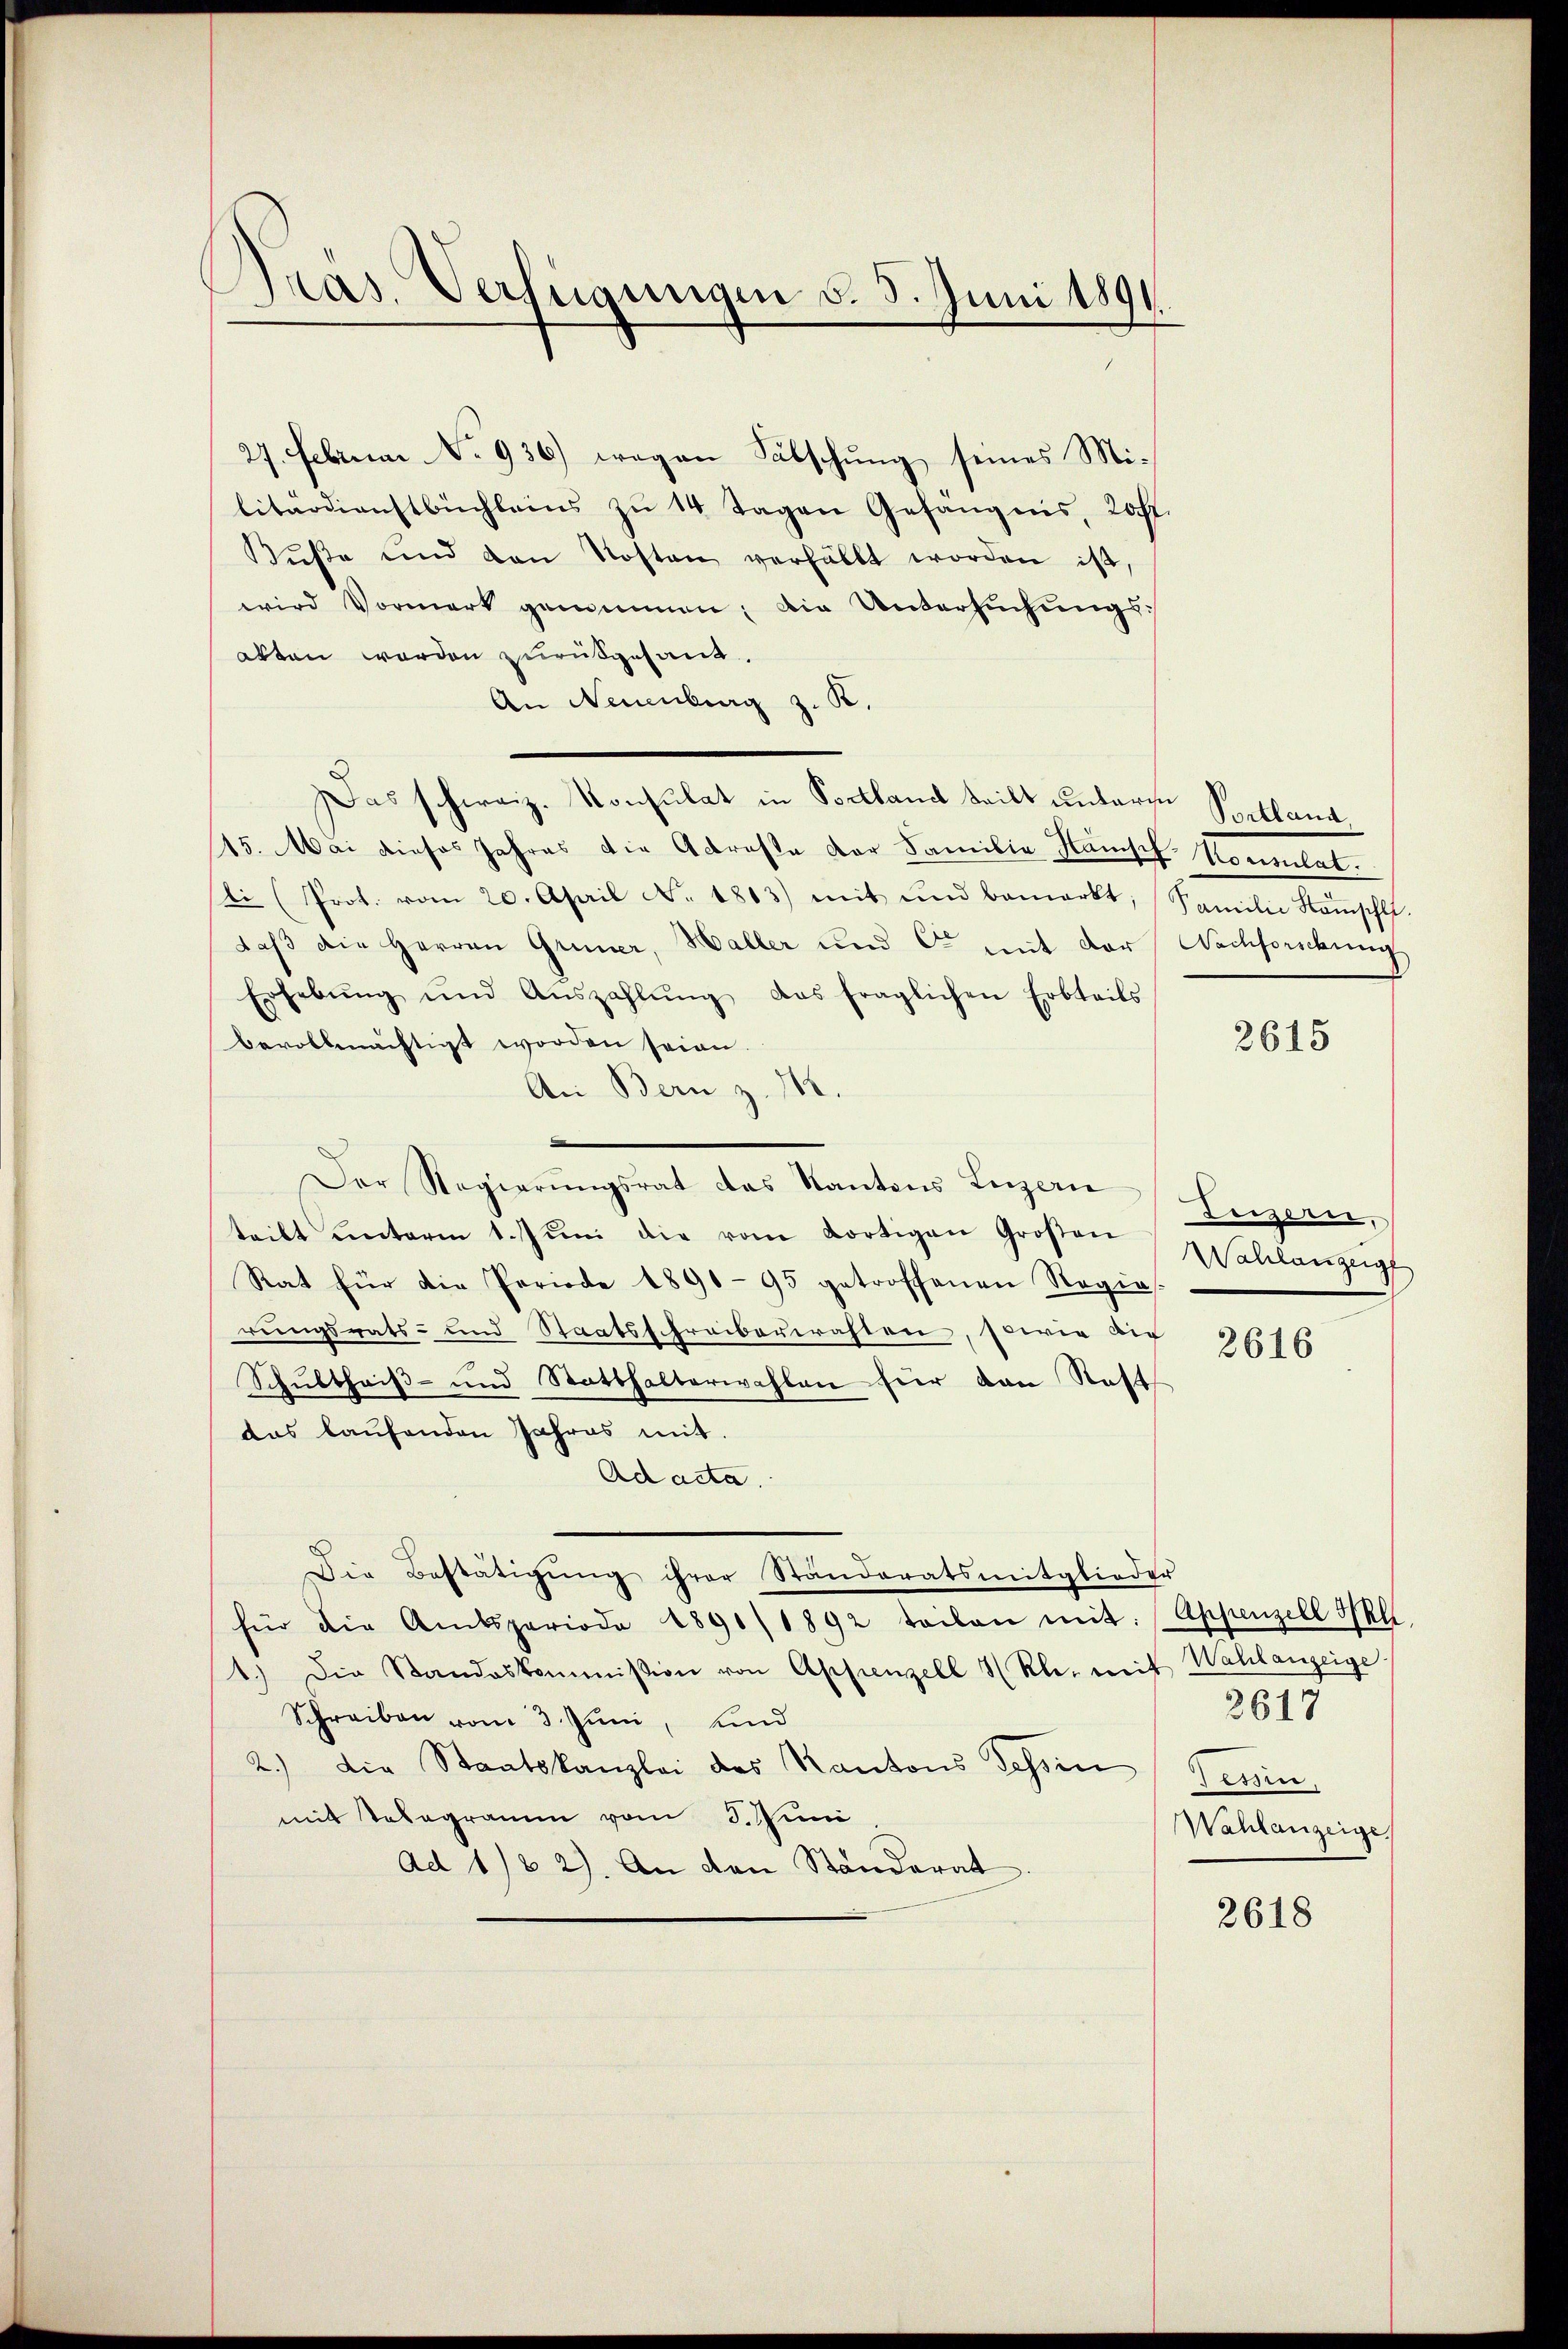
Präs. Verfügungen d. 5. Juni 1891.

27. Februar No 936.) wegen Fälschung seines Militärdienstbüchleins zŭ 14 Tagen Gefängnis, 20 ff.
Kŭβe und den Kosten verhällt worden ist,
wird Vormerk genommen; die Untersuchungsakten worden zurükgesand¬
An Neuenburg z. B.
Das schweiz. Konsulat in Podland teilt unteren Portland
15. Mai dieses Jahres die Adreste der Familie Häusch Kommutat.
li (Prot. vom 20. April No. 1813) mit und bemerkt, Familie Koṁschlt.
daß die Herren Grüner, Haller und c mit der Nachforschung
Erhebŭng und Aŭszahlŭng, das fraglichen Erbteils
bevollmächtigt worden seien.
An Bern z. 118.
Der Regierungsrat des Kantons Luzern
teilt ŭnterm 1. Jŭni die vom dortigen Großen
Rat für die Periode 1890-95 getroffenen Regie
rungsrats- und Staatsschreiberrahten, sowie die
Schultheiß- und Statthalterwahlen hier van Statt
das laufenden Jahres mit.
Ad acta.
Die Bestätigung ihrer Standeratsmitglieder
für die Amtsperiode 1891/ 1892 tailan mit: Appenzell Ill.
1.) Die Standeskommission von Appenzell 3 Kle, weit
Schreiben vom 3. Juni, und
2.) Die Staatskanzlei des Kantons Tessin Jenin,
mit Telegramm vom 3. Juni
Ad 182). An den Standerat

2615

Ennern.
Wahlanzeigt

2616

Wahlanzeige
Wahlanzeige

2617

2618